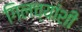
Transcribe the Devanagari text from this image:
गिलच्यांशी